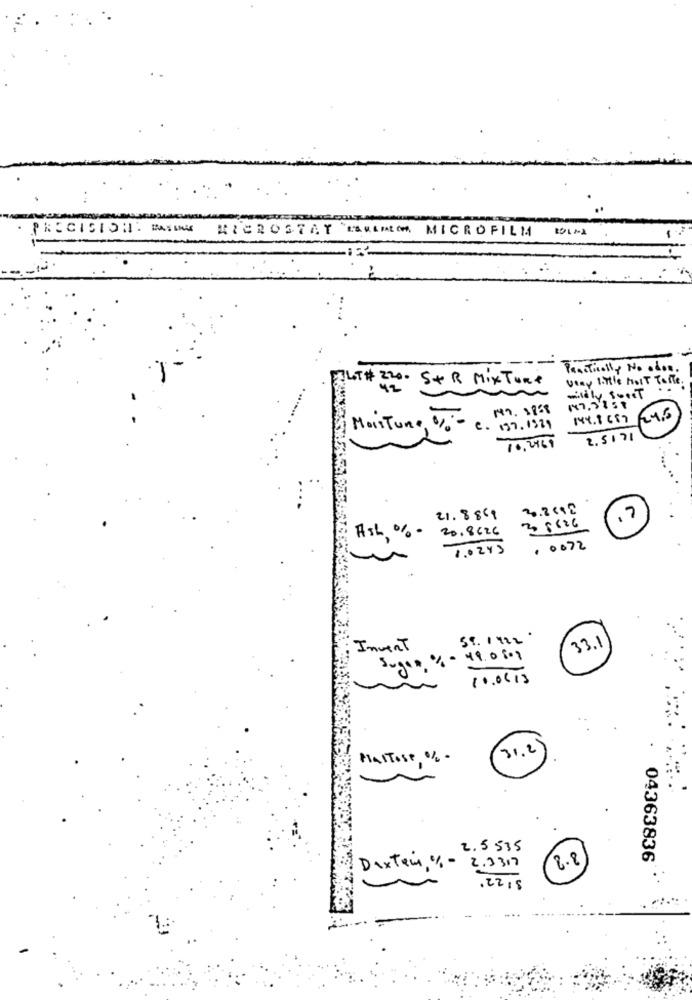
PRECISION: BASAMAK
MICROSTAY IN MICROFILM
Practically No odos.
ELT# 220. 5+ R Mix Ture
Very little Most Talle.
42
wildly soort
144.8687 24.6
Moisture 0%-
C. 137. 1329
2.5171
10,2469
3.2 10
21.8 8'
,7
20. 8626
3 5 6 26
Ash % -
1.0243
. 0072
33.1
Invent
Suger % - 49.0808
10.00 13
31.2
MalTose -
2.5535
2.8
04363836
Dixtem, 1% - 2,3317
. 2215